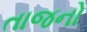
તાજનો